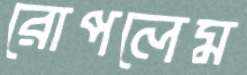
রোপলেম